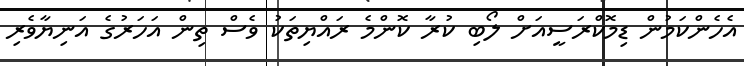
އެހެންކަމުން ޑިމޮކްރަސީއަށް ލޯބި ކުރާ ކޮންމެ ރައްޔިތަކު ވެސް ތިން އަހަރުގެ އަނިޔާވެރި